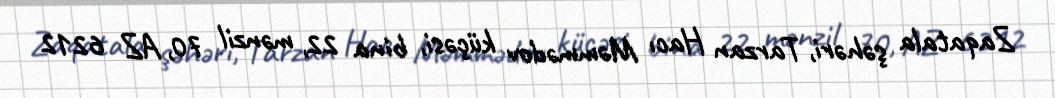
Zaqatala şəhəri, Tarzan Hacı Məmmədov küçəsi, bina 22, mənzil 70, AZ 6212